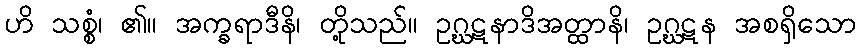
ဟိ သစ္စံ၊ ၏။ အက္ခရာဒီနိ၊ တို့သည်။ ဥဂ္ဃဋနာဒိအတ္ထာနိ၊ ဥဂ္ဃဋန အစရှိသော